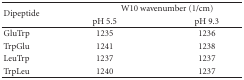
| <ROWSPAN=2> Dipeptide | <COLSPAN=2> W10 wavenumber (1/cm) |
 | pH 5.5 | pH 9.3 |
 | --- | --- | --- |
 | GluTrp | 1235 | 1236 |
 | TrpGlu | 1241 | 1238 |
 | LeuTrp | 1237 | 1237 |
 | TrpLeu | 1240 | 1237 |